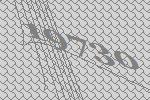
19730